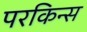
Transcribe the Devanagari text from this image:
परकिन्स